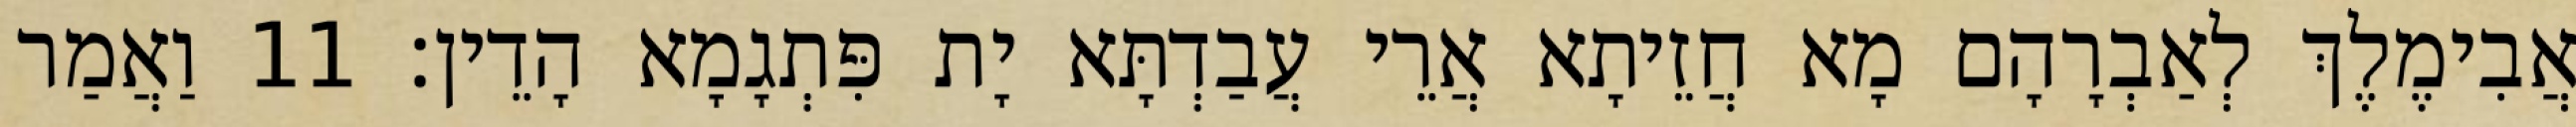
אֲבִימֶלֶךְ לְאַבְרָהָם מָא חֲזֵיתָא אֲרֵי עֲבַדְתָּא יָת פִּתְגָמָא הָדֵין׃ 11 וַאֲמַר